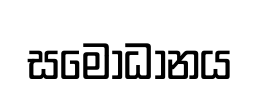
සමොධානය